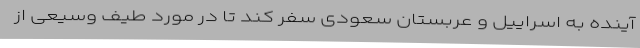
آینده به اسراییل و عربستان سعودی سفر کند تا در مورد طیف وسیعی از